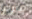
مرر